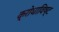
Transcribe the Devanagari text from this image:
क्रोधाविष्ट